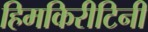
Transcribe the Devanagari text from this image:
हिमकिरीटिनी